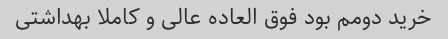
خرید دومم بود فوق العاده عالی و کاملا بهداشتی